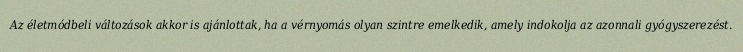
Az életmódbeli változások akkor is ajánlottak, ha a vérnyomás olyan szintre emelkedik, amely indokolja az azonnali gyógyszerezést.